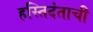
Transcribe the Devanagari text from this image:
हस्तिदंताची